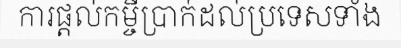
ការផ្តល់កម្ចីប្រាក់ដល់ប្រទេសទាំង